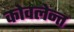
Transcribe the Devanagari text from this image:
कोवलेन्त